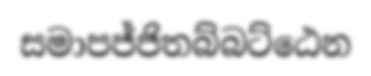
සමාපජ්ජිතබ්බට්ඨෙන